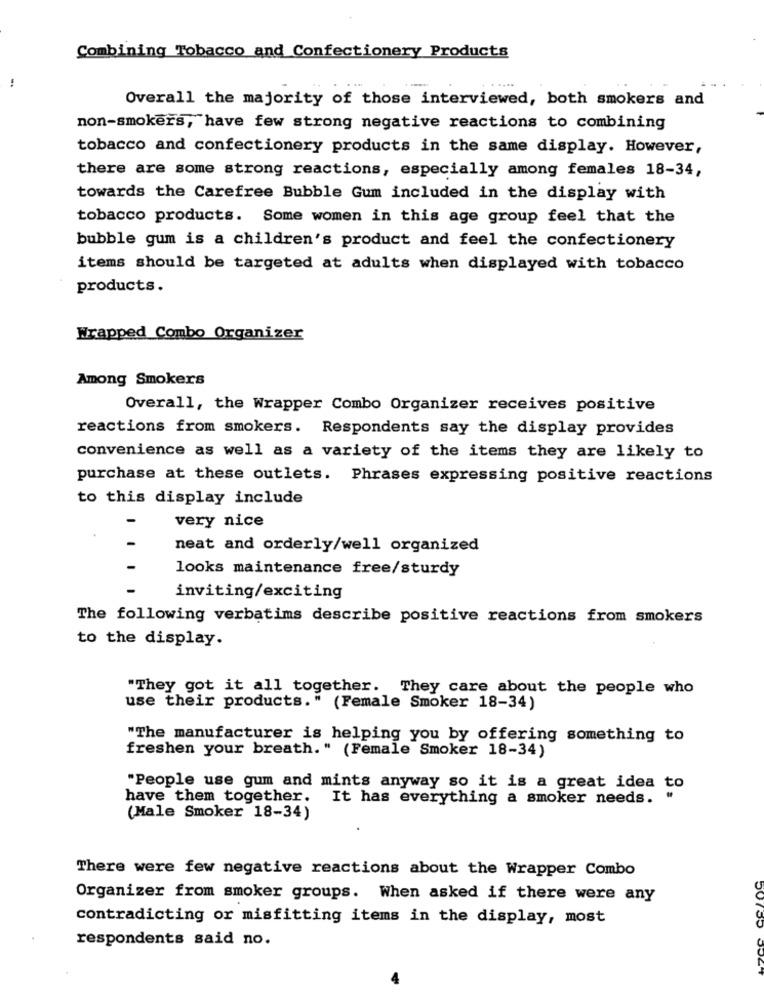
Combining Tobacco and Confectionery Products
....
Overall the majority of those interviewed, both smokers and
non-smokers, have few strong negative reactions to combining
tobacco and confectionery products in the same display. However,
there are some strong reactions, especially among females 18-34,
towards the Carefree Bubble Gum included in the display with
tobacco products. Some women in this age group feel that the
bubble gum is a children's product and feel the confectionery
items should be targeted at adults when displayed with tobacco
products.
Wrapped Combo Organizer
Among Smokers
Overall, the Wrapper Combo Organizer receives positive
reactions from smokers. Respondents say the display provides
convenience as well as a variety of the items they are likely to
purchase at these outlets. Phrases expressing positive reactions
to this display include
very nice
neat and orderly/well organized
looks maintenance free/sturdy
inviting/exciting
The following verbatims describe positive reactions from smokers
to the display.
"They got it all together. They care about the people who
use their products." (Female Smoker 18-34)
"The manufacturer is helping you by offering something to
freshen your breath. " (Female Smoker 18-34)
"People use gum and mints anyway so it is a great idea to
have them together. It has everything a smoker needs. "
(Male Smoker 18-34)
There were few negative reactions about the Wrapper Combo
Organizer from smoker groups. When asked if there were any
contradicting or misfitting items in the display, most
respondents said no.